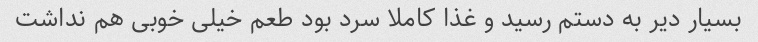
بسیار دیر به دستم رسید و غذا کاملا سرد بود طعم خیلی خوبی هم نداشت